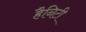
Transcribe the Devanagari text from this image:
हैनिटी